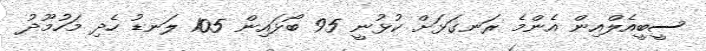
ސީބީއެލްއިން އެންމެ ރަނގަޅަށް ކުޅުނީ 95 ބޯޅައިން 105 ލަނޑު ހެދި މަހުމޫދު